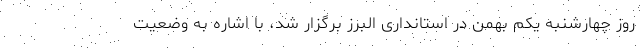
روز چهارشنبه یکم بهمن در استانداری البرز برگزار شد، با اشاره به وضعیت